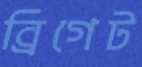
ব্রিগেট